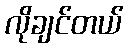
လိုချင်တယ်